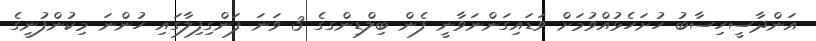
އަންދާސީހިސާބު ހުށަހެޅުއްވުމަށް ވަޑައިގަންނަވާނީ ފެން ބިލްޑިންގގެ 3 ވަނަ ފަންގިފިލާގައި ހުންނަ މިކުންފުނީގެ